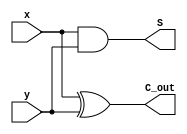
module half_adder
 (
    input wire x,
    input wire y,
    output wire S,
    output wire C_out
);
and A1(S, x, y);
xor X1(C_out ,x ,y);
    
endmodule